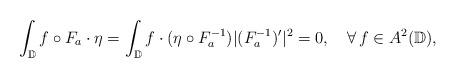
LaTeX: \begin{align*}\int_{\mathbb{D}}f\circ{F_a}\cdot{\eta}=\int_{\mathbb{D}}f\cdot ({\eta\circ{F_a^{-1}}}) |(F_a^{-1})'|^2=0,\ \ \ \forall\,f\in{A^2(\mathbb{D})},\end{align*}